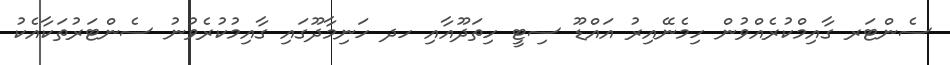
ސެންޓަރ ގާއިމްކުރެއްވުން ހިމެނޭއިރު އައްޑޫ ސިޓީ ހިތަދޫއާއި ހދ ހަނިމާދޫގައި ގާއިމުކުރެވުނު ސެންޓަރުތަކާއެކު